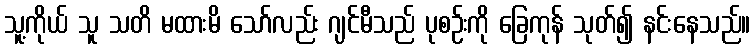
သူ့ကိုယ် သူ သတိ မထားမိ သော်လည်း ဂျင်မီသည် ပုစဉ်းကို ခြေကုန် သုတ်၍ နင်းနေသည်။